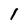
Character: 1